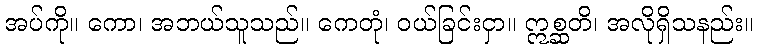
အပ်ကို။ ကော၊ အဘယ်သူသည်။ ကေတုံ၊ ဝယ်ခြင်းငှာ။ ဣစ္ဆတိ၊ အလိုရှိသနည်း။